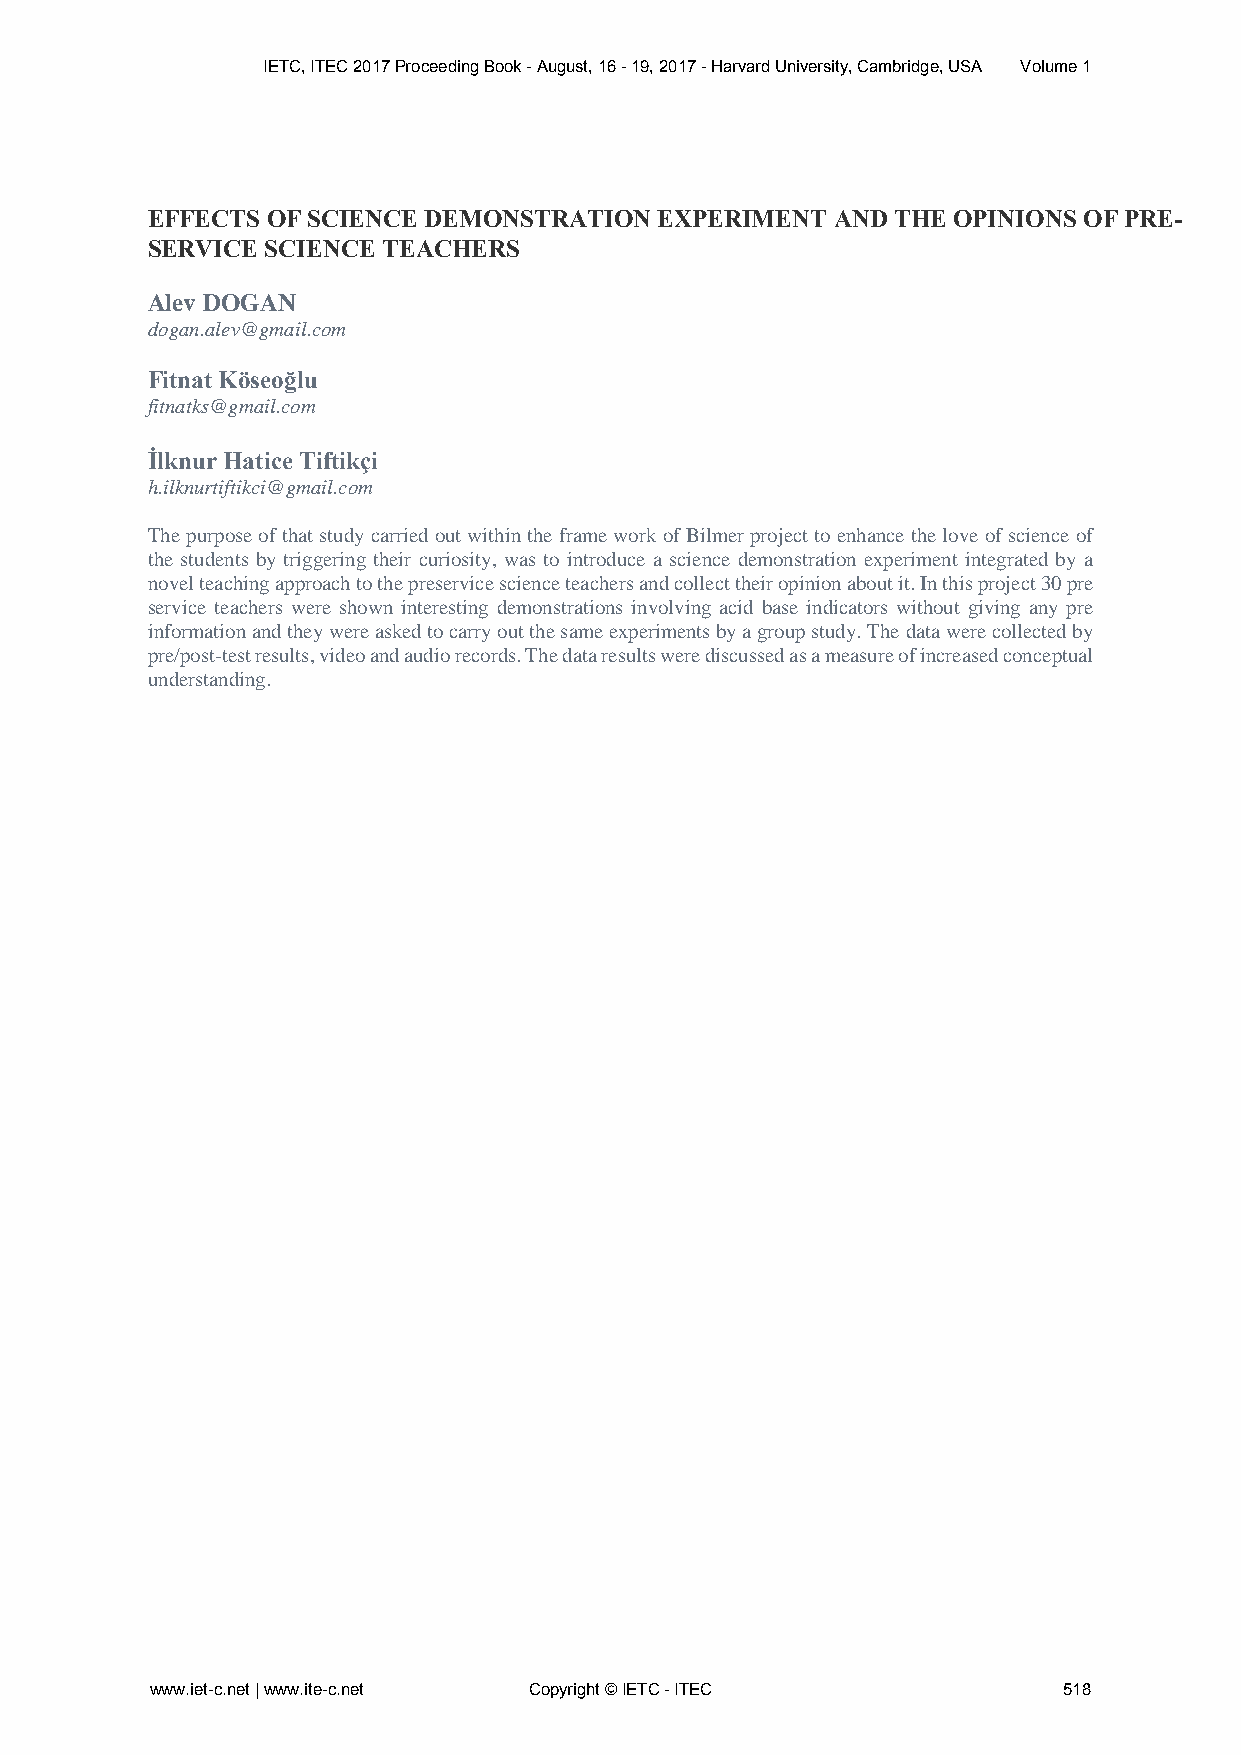
IETC, ITEC 2017 Proceeding Book - August, 16 - 19, 2017 - Harvard University, Cambridge, USA Volume 1
 EFFECTS OF SCIENCE DEMONSTRATION  EXPERIMENT AND THE OPINIONS OF PRE-
 SERVICE SCIENCE TEACHERS
 Alev DOGAN
 dogan.alev@gmail.com
 Fitnat Köseoğlu
 fitnatks@gmail.com
 İlknur Hatice Tiftikçi
 h.ilknurtiftikci@gmail.com
 The purpose of that study carried out within the frame work of Bilmer project to enhance the love of science of
 the students by triggering their curiosity, was to introduce a science demonstration experiment integrated by a
 novel teaching approach to the preservice science teachers and collect their opinion about it. In this project 30 pre
 service teachers were shown interesting demonstrations involving acid base indicators without giving any pre
 information and they were asked to carry out the same experiments by a group study. The data were collected by
 pre/post-test results, video and audio records. The data results were discussed as a measure of increased conceptual
 understanding.
 www.iet-c.net | www.ite-c.net Copyright © IETC - ITEC       518